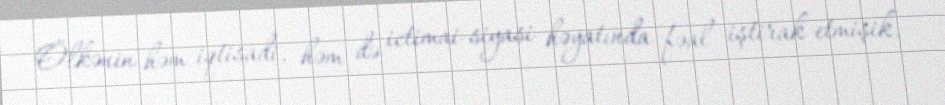
Ölkənin həm iqtisadi, həm də ictimai-siyasi həyatında fəal iştirak etmişik.